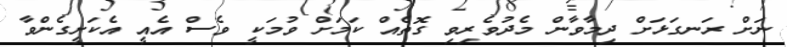
ނަށް ރަނގަޅަށް ދިމާވާން މެދުވެރިވި ގޮތެއް ކަމަށް ވުމަކީ ވެސް އެއީ އެކަށީގެންވާ